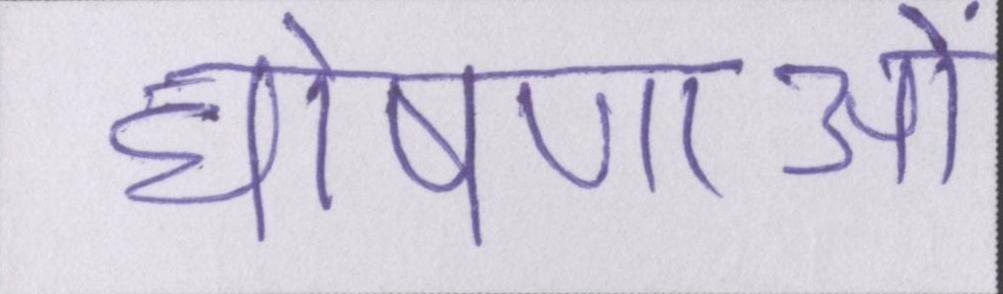
घोषणाओं